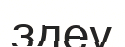
здеу